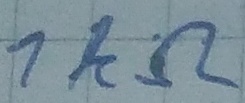
Text: 1KΩ